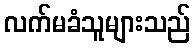
လက်မခံသူများသည်